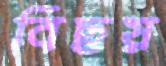
বিছয়